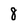
Character: 8